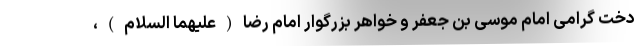
دخت گرامی امام موسی بن جعفر و خواهر بزرگوار امام رضا(علیهما السلام)،